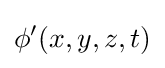
\phi '(x,y,z,t)